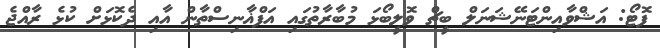
ފޮޓޯ: އަޝްވާއިންޓަނޭޝަނަލް ބީޗް ވޮލީބޯޅަ މުބާރާތުގައި އަފްޣާނިސްތާން އާއި ދެކޮޅަށް ކުޅެ ރާއްޖެ